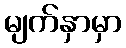
မျက်နှာမှာ